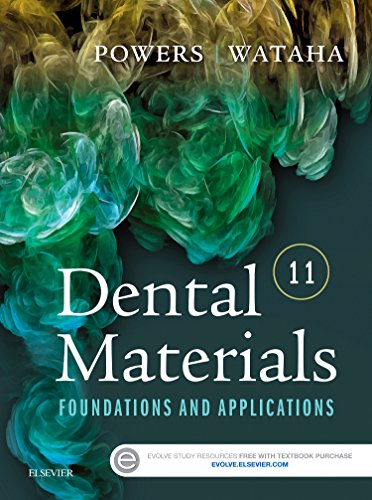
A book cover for Dental Materials: Foundations and Applications, 11e; John M. Powers PhD; Medical Books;